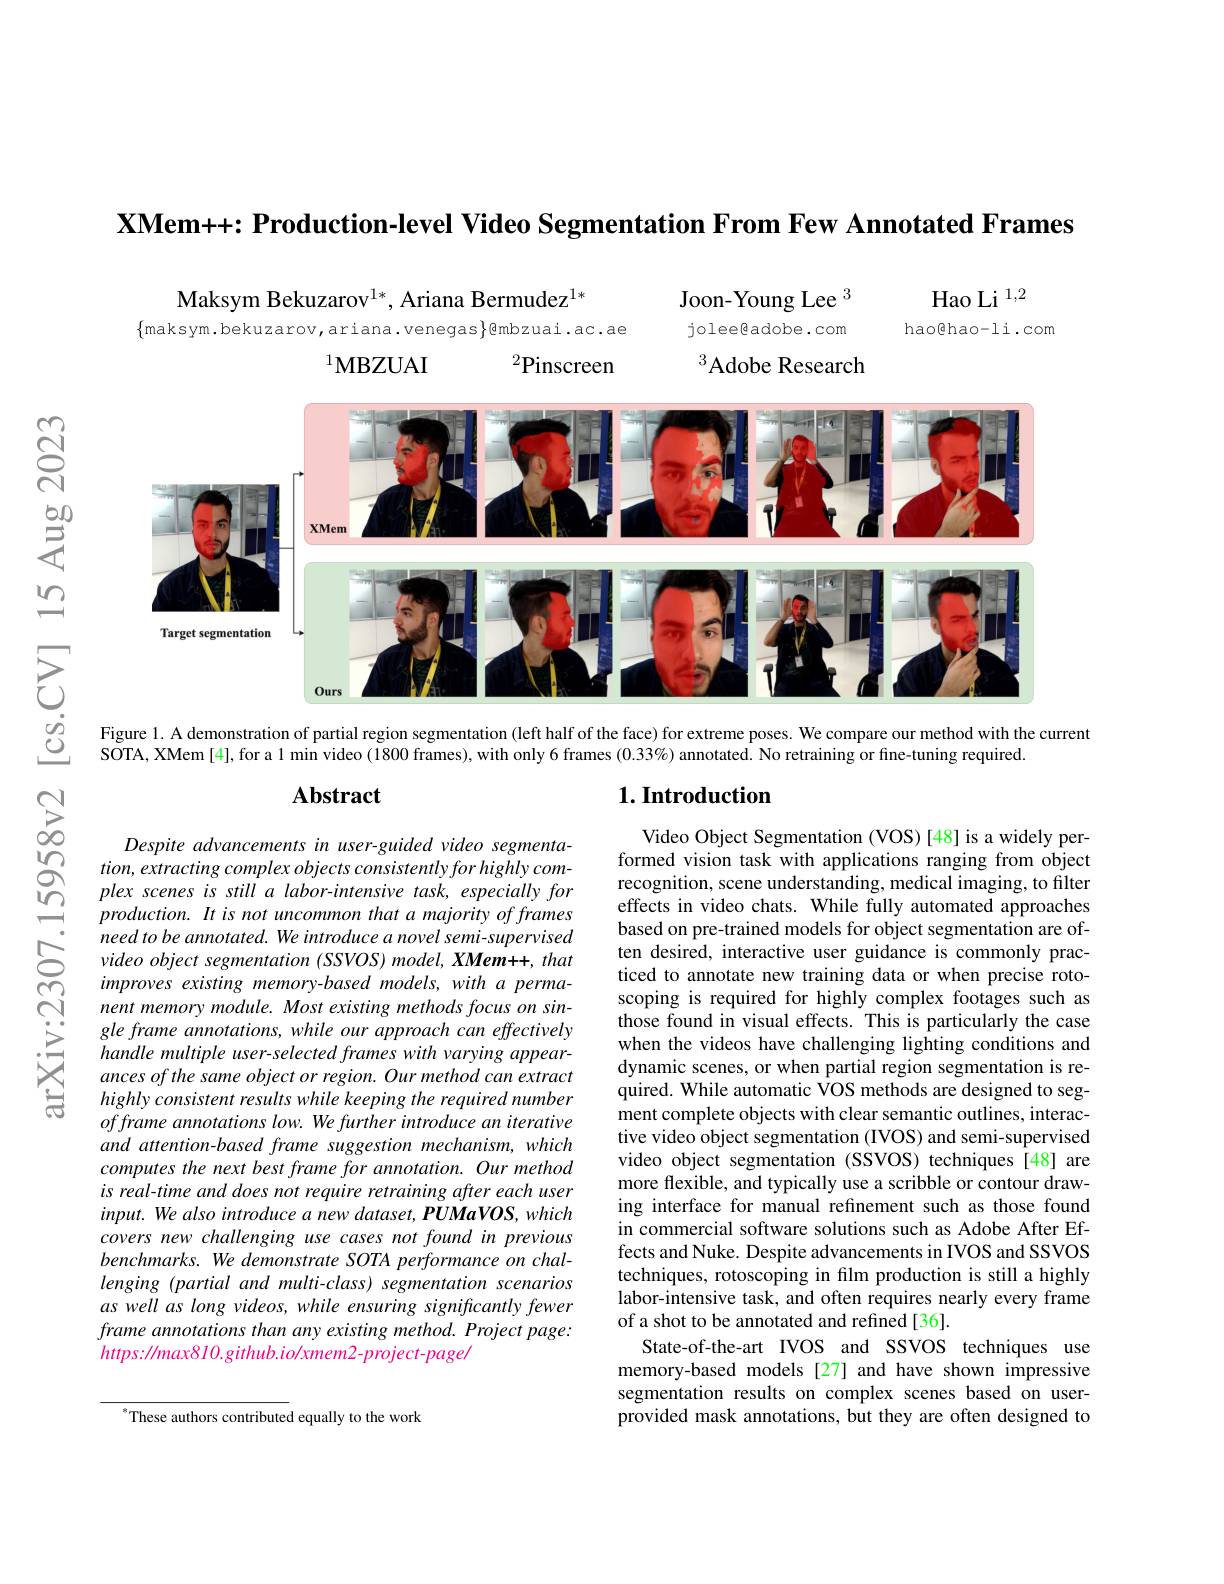
$\textbf{XMem+ + : Production- level Video Segmentation From Few Annotated Frames}$

Joon-Young Lee $^{3}$

Hao Li $^{1,2}$
hao@hao-li.com

joleegadobe.com

Maksym Bekuzarov$^{1*}$, Ariana Bermudez$^{1*}$
$\{$maksym.bekuzarov,ariana.venegas$\}$@mbzuai.ac.ae
$^{1}\mathbf{MBZUAI}$
${}^{2}$Pinscreen

$^3{\mathrm{Adobe~Research}}$

<FigureHere>

Figure 1. A demonstration of partial region segmentation (left half of the face) for extreme poses. We compare our method with the current

SOTA, XMem [4], for a 1 min video (1800 frames), with only 6 frames (0.33%) annotated. No retraining or fine-tuning required.

## Abstract

## $1. \textbf{Introduction}$

Despite advancements in user-guided video segmenta- $tion,extracting$ complex objects consistently for highly complex scenes is still a labor-intensive task, especially for production. It is not uncommon that a majority of frames need to be annotated. We introduce a novel semi-supervised video object segmentation (SSVOS) model, XMem++, that improves existing memory-based models, with a permanent memory module. Most existing methods focus on single frame annotations, while our approach can effectively handle multiple user-selected frames with varying appearances of the same object or region. Our method can extract highly consistent results while keeping the required number offrame annotations low. We further introduce an iterative and attention-based frame suggestion mechanism, which computes the next best frame for annotation. Our method is real-time and does not require retraining after each user $input.Wealso$ introduce a new dataset, PUMaVOS, which covers new challenging use cases not found in previous benchmarks. We demonstrate SOTA performance on challenging (partial and multi-class) segmentation scenarios as well as long videos, while ensuring significantly fewer frame annotations than any existing method. Project page: $https://max810.github.io/xmem2-project-page/$

Video Object Segmentation (VOS) [48] is a widely performed vision task with applications ranging from object recognition, scene understanding, medical imaging, to filter effects in video chats. While fully automated approaches based on pre-trained models for object segmentation are often desired, interactive user guidance is commonly practiced to annotate new training data or when precise rotoscoping is required for highly complex footages such as those found in visual effects. This is particularly the case when the videos have challenging lighting conditions and dynamic scenes, or when partial region segmentation is required. While automatic VOS methods are designed to segment complete objects with clear semantic outlines, interactive video object segmentation (IVOS) and semi-supervised video object segmentation (SSVOS) techniques [48] are more flexible, and typically use a scribble or contour drawing interface for manual refinement such as those found in commercial software solutions such as Adobe After Effects and Nuke. Despite advancements in IVOS and SSVOS techniques, rotoscoping in film production is still a highly labor-intensive task, and often requires nearly every frame of a shot to be annotated and refined[36].
State-of-the-art IVOS and SSVOS techniques use memory-based models [27] and have shown impressive segmentation results on complex scenes based on userprovided mask annotations, but they are often designed to

$^{*}$These authors contributed equally to the work